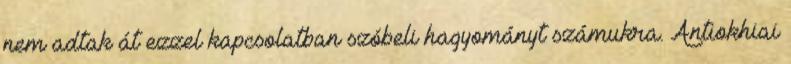
nem adtak át ezzel kapcsolatban szóbeli hagyományt számukra. Antiokhiai